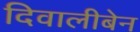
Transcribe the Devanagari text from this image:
दिवालीबेन